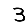
Digit: 3